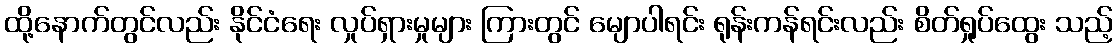
ထို့နောက်တွင်လည်း နိုင်ငံရေး လှုပ်ရှားမှုများ ကြားတွင် မျောပါရင်း ရုန်းကန်ရင်းလည်း စိတ်ရှုပ်ထွေး သည့်